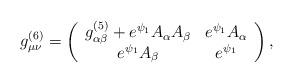
LaTeX: \begin{align*}g^{(6)}_{\mu \nu} = \left( \begin{array}{cc} g^{(5)}_{\alpha \beta} + e^{\psi_1} A_{\alpha} A_{\beta} & e^{\psi_1} A_{\alpha} \\ e^{\psi_1} A_{\beta} & e^{\psi_1} \end{array} \right) ,\end{align*}